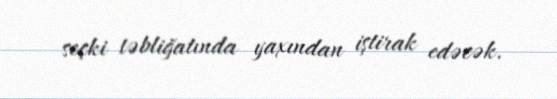
seçki təbliğatında yaxından iştirak edəcək.